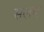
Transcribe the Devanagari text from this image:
सलव